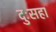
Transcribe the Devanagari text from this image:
दुःसहा